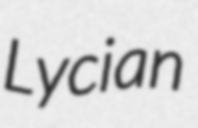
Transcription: Lycian